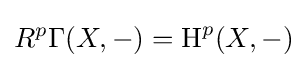
R^{p}\Gamma (X,-)=\operatorname {H} ^{p}(X,-)